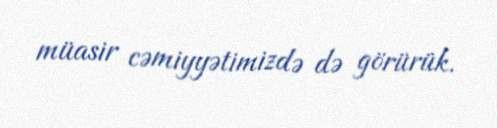
müasir cəmiyyətimizdə də görürük.